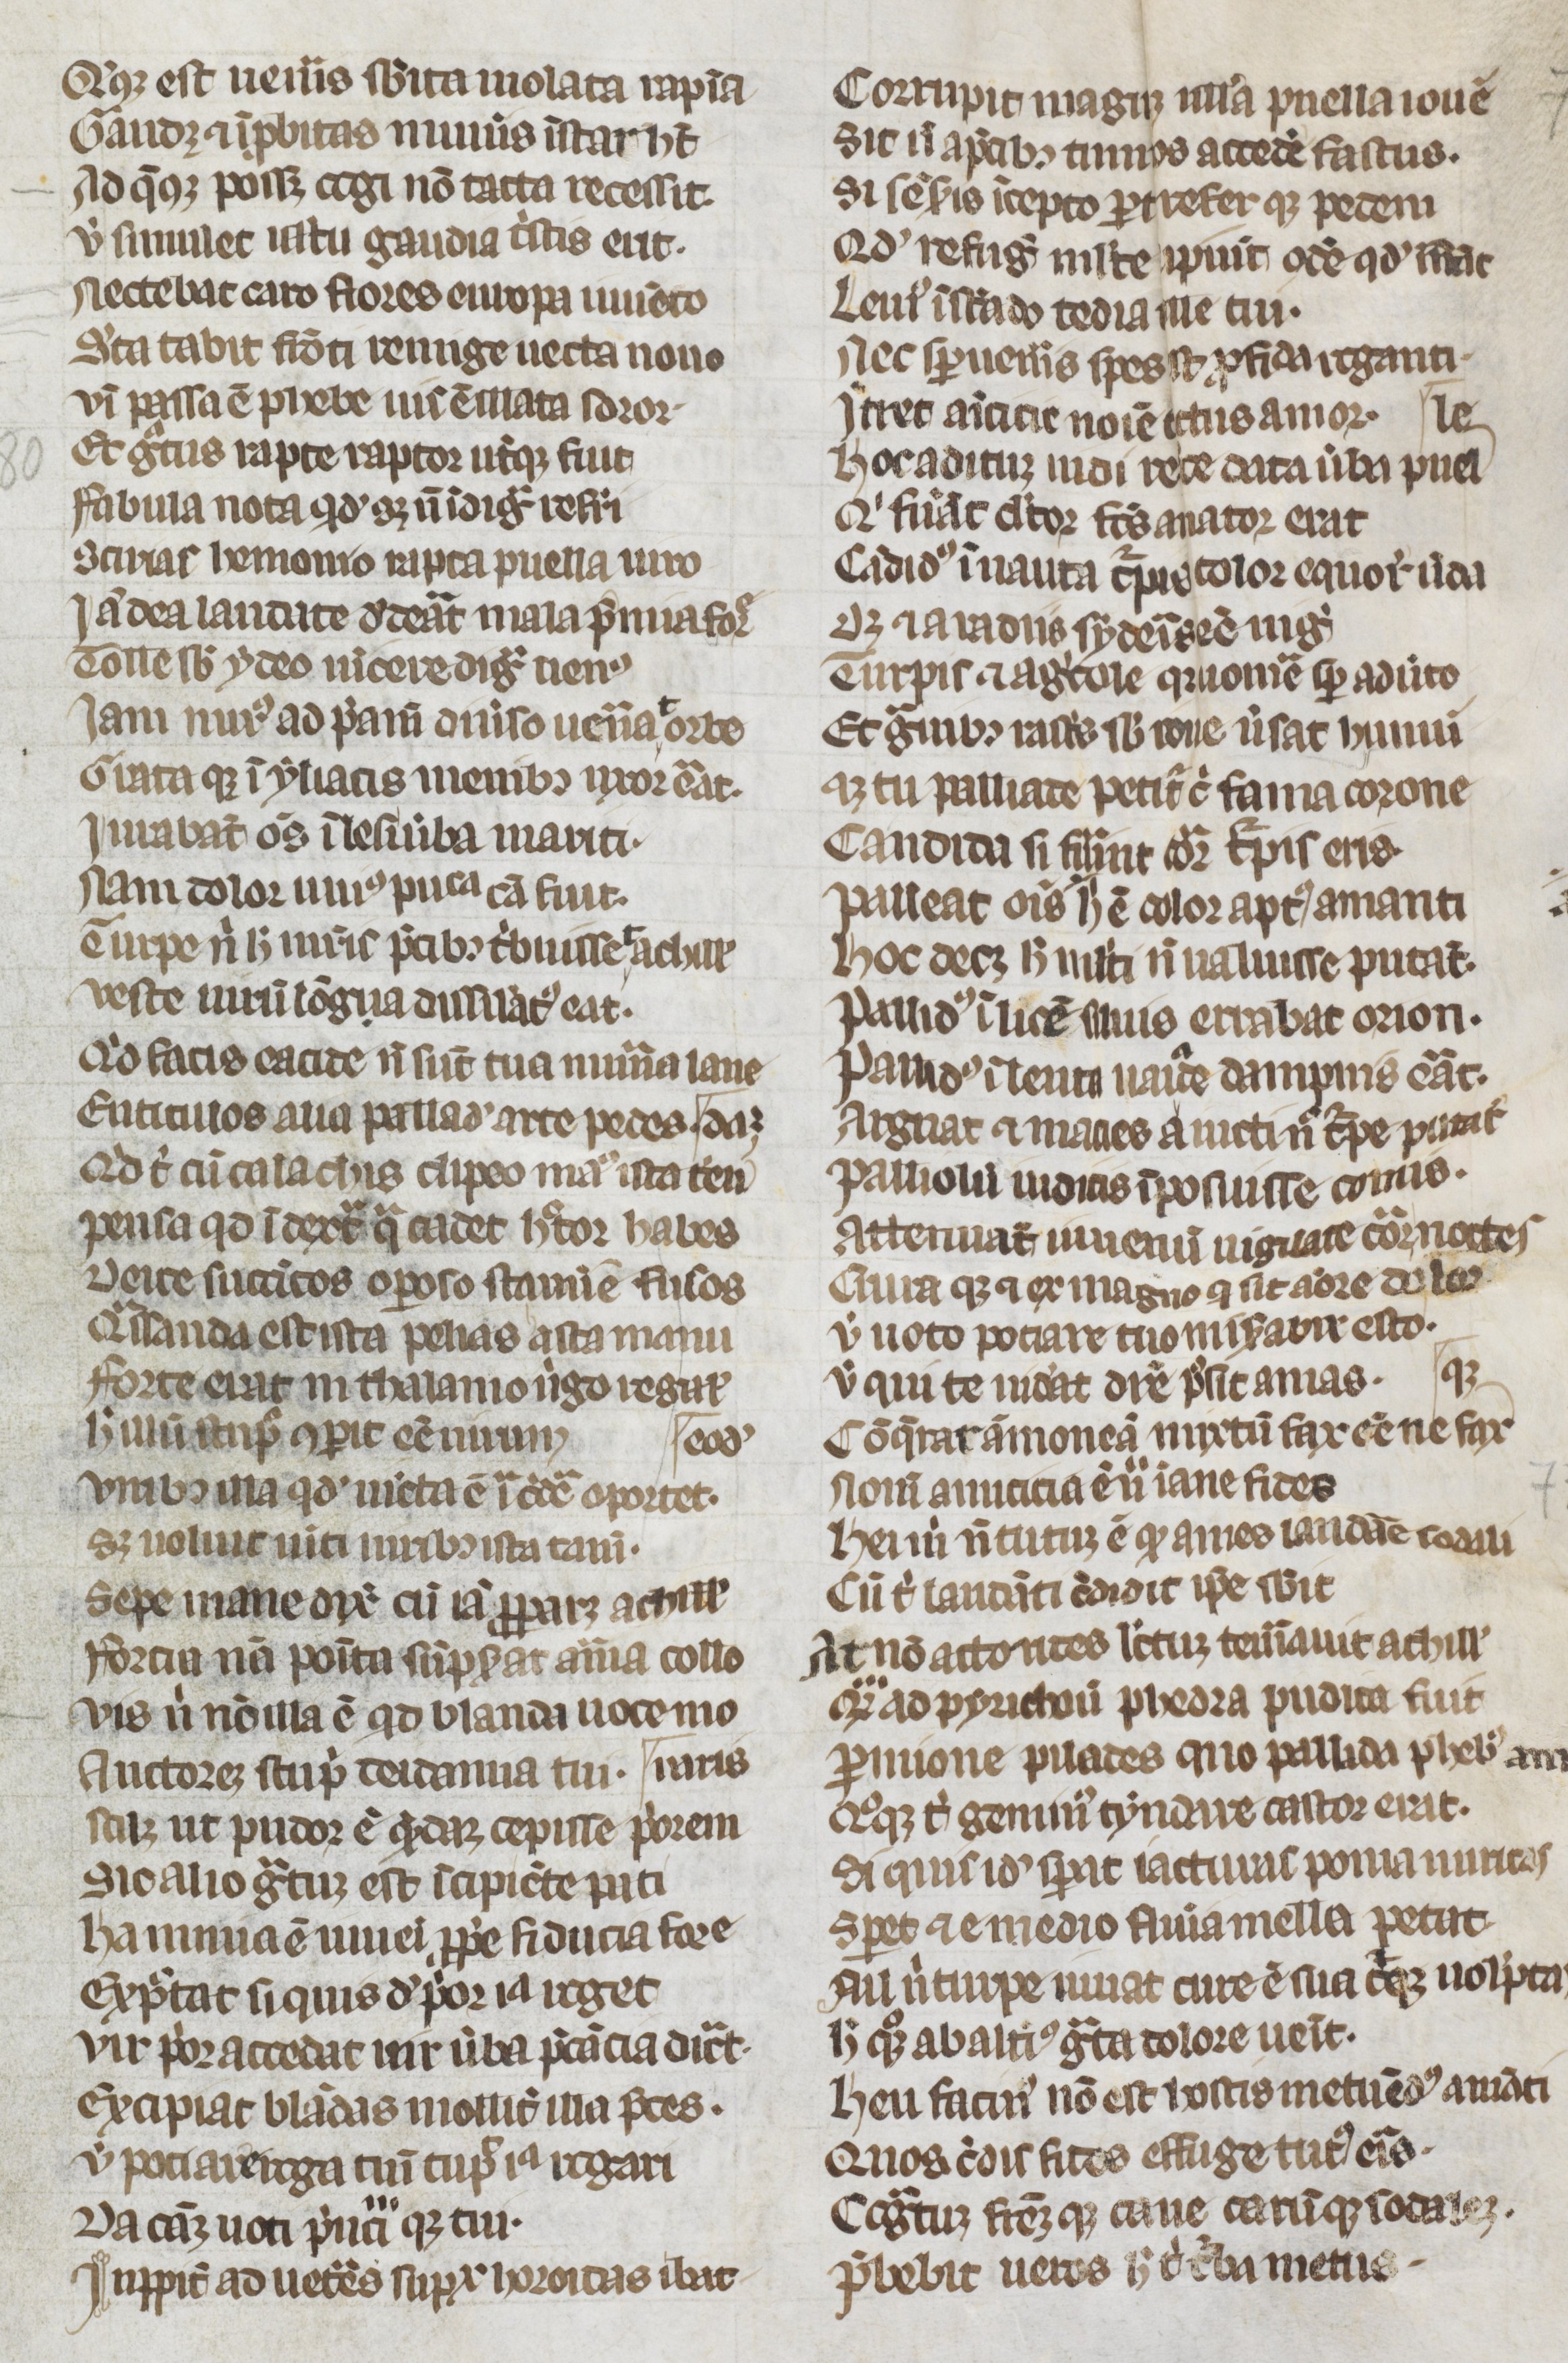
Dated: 1300–1315